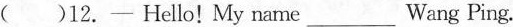
( )12—Hello! My name___Wang Ping.